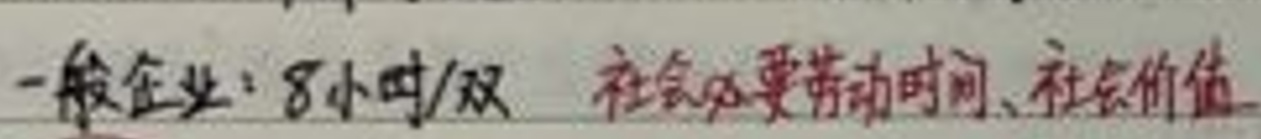
一般企业：8小时/双 社会必要劳动时间、社会价值